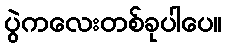
ပွဲကလေးတစ်ခုပါပေ။